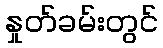
နှုတ်ခမ်းတွင်